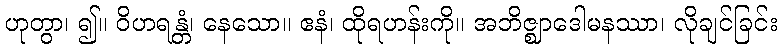
ဟုတွာ၊ ၍။ ဝိဟရန္တံ၊ နေသော။ ဧနံ၊ ထိုရဟန်းကို။ အဘိဇ္ဈာဒေါမနဿာ၊ လိုချင်ခြင်း